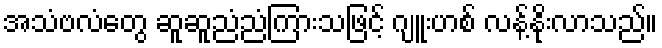
အသံဗလံတွေ ဆူဆူညံညံကြားသဖြင့် ဂျူးဟစ် လန့်နိုးလာသည်။